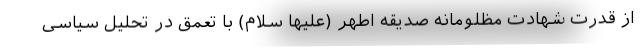
از قدرت شهادت مظلومانه صدیقه اطهر (علیها سلام) با تعمق در تحلیل سیاسی